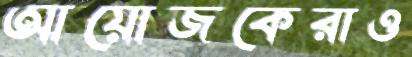
আয়োজকেরাও